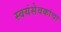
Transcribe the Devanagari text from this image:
स्वयंसेवकांचा